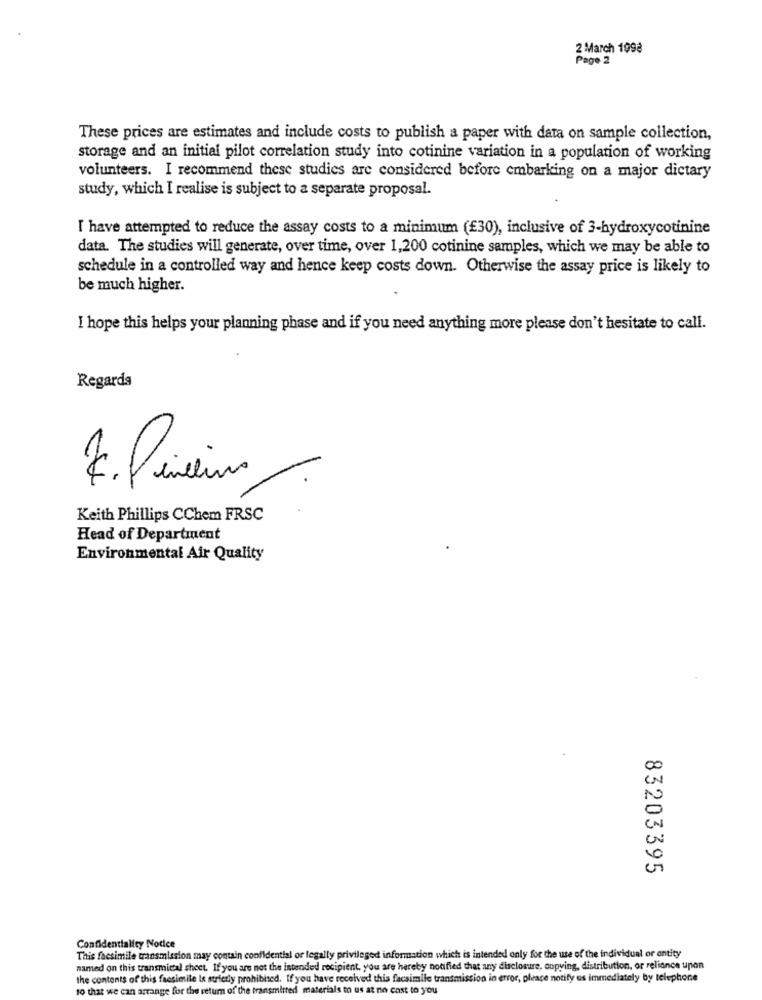
2 March 1998
Page 2
These prices are estimates and include costs to publish a paper with data on sample collection,
storage and an initial pilot correlation study into cotinine variation in a population of working
volunteers. I recommend these studies are considered before embarking on a major dietary
study, which I realise is subject to a separate proposal.
I have attempted to reduce the assay costs to a minimum (£30), inclusive of 3-hydroxycotinine
data. The studies will generate, over time, over 1,200 cotinine samples, which we may be able to
schedule in a controlled way and hence keep costs down. Otherwise the assay price is likely to
be much higher.
I hope this helps your planning phase and if you need anything more please don't hesitate to call.
Regards
7.fineline
Keith Phillips CChem FRSC
Head of Department
Environmental Air Quality
00
CN
83203395
Confidentiality Notice
This facsimile transmission may contain confidential or legally privileged information which is intended only for the use of the individual or entity
named on this transmittal sheet. If you are not the intended recipient, you are hereby notified that any disclosure, copying, distribution, or reliance upon
the contents of this facsimile Is strictly prohibited. If you have received this facsimile transmission in error, please notify us immediately by telephone
so that we can arrange for the return of the transmitted materials to us at no cost to you